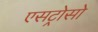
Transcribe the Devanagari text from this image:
एसट्रोसो